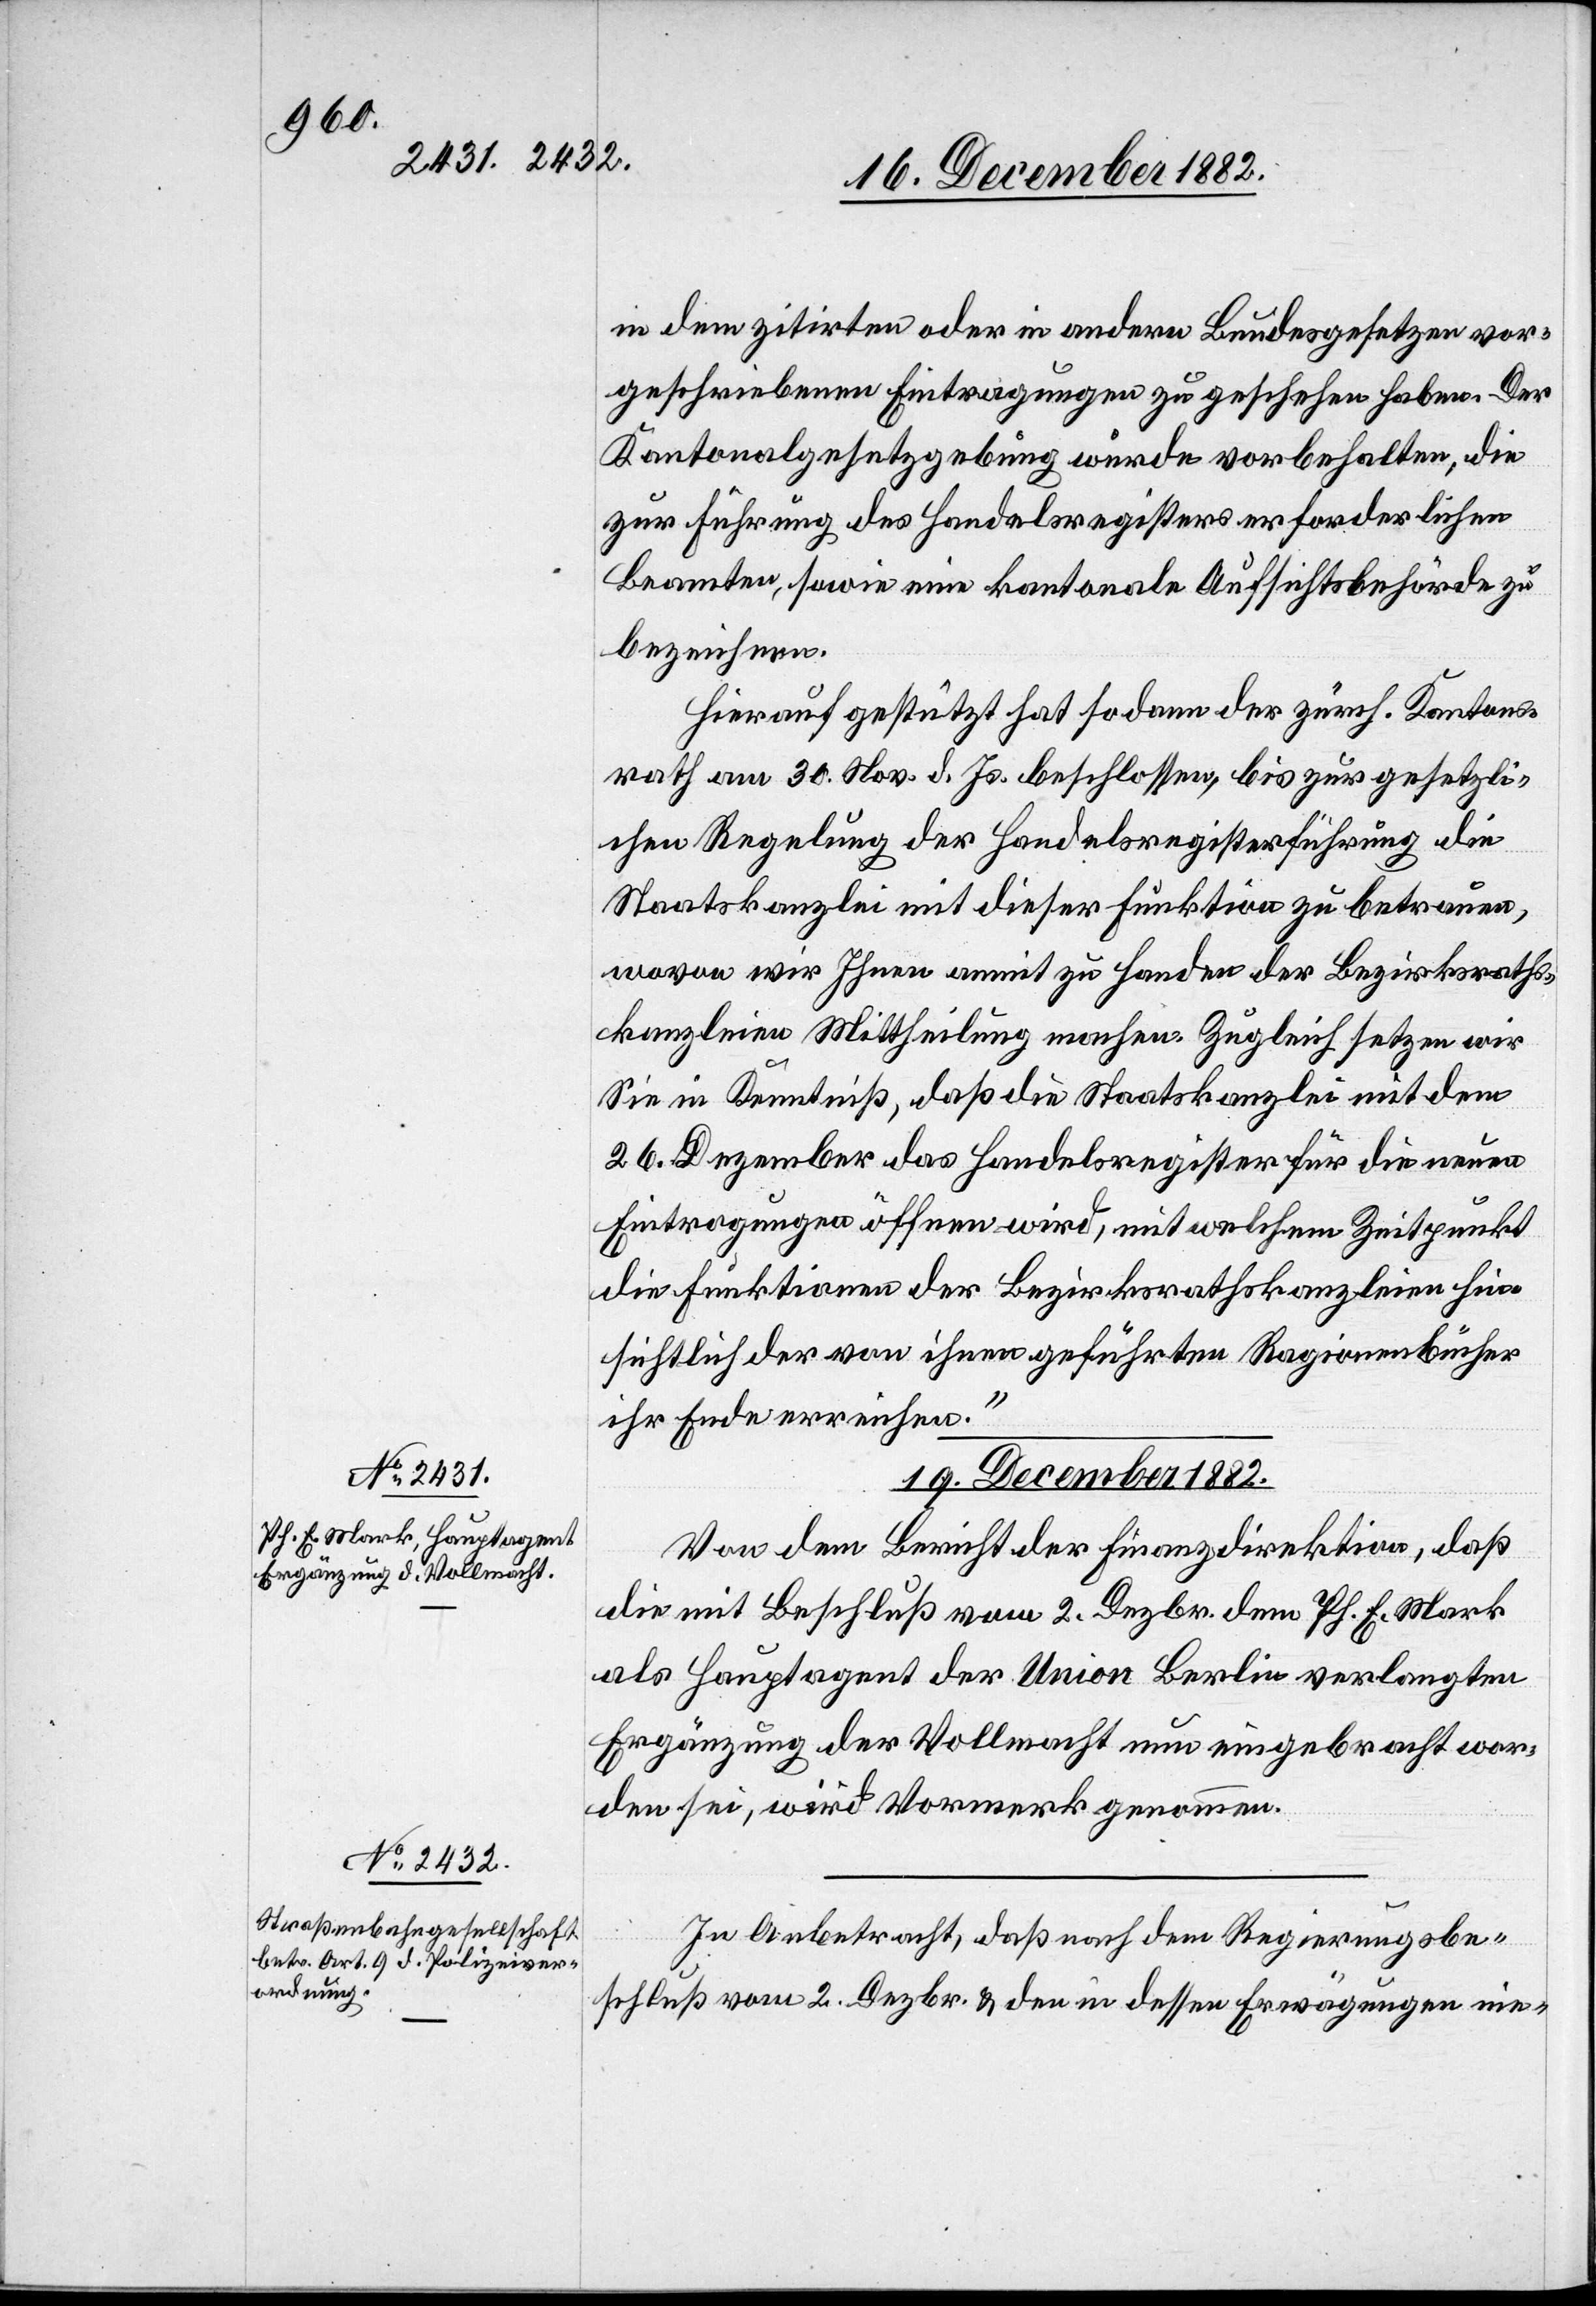
19. December 1882.]
in dem zitirten oder in andern Bundesgesetzen vor¬
geschriebenen Eintragungen zu geschehen haben. Der
Kantonalgesetzgebung wurde vorbehalten, die
zur Führung des Handelsregisters erforderlichen
Beamten, sowie eine kantonale Aufsichtsbehörde zu
bezeichnen.
Hierauf gestützt hat sodann der zürch. Kantons¬
rath am 30. Nov. d. Js. beschlossen, bis zur gesetzli¬
chen Regelung der Handelsregisterführung die
Staatskanzlei mit dieser Funktion zu betrauen,
wovon wir Ihnen anmit zu Handen der Bezirks¬
kanzleien Mittheilung machen. Zugleich setzen wir
Sie in Kenntniß, daß die Staatskanzlei mit dem
26. Dezember das Handelsregister für die neuen
Eintragungen öffnen wird, mit welchem Zeitpunkt
die Funktionen der Bezirksrathskanzleien hin¬
sichtlich der von ihnen geführten Ragionenbücher
ihr Ende erreichen.“
Von dem Bericht der Finanzdirektion, daß
die mit Beschluß vom 2. Dezbr. dem Ph. E. Mark
als Hauptagent der Union Berlin verlangten
Ergänzung der Vollmacht nun eingebracht wor¬
den sei, wird Vormerk genommen.
In Anbetracht, daß nach dem Regierungsbe¬
schluß vom 2. Dezbr. & den in dessen Erwägungen nie-